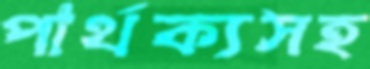
পার্থক্যসহ